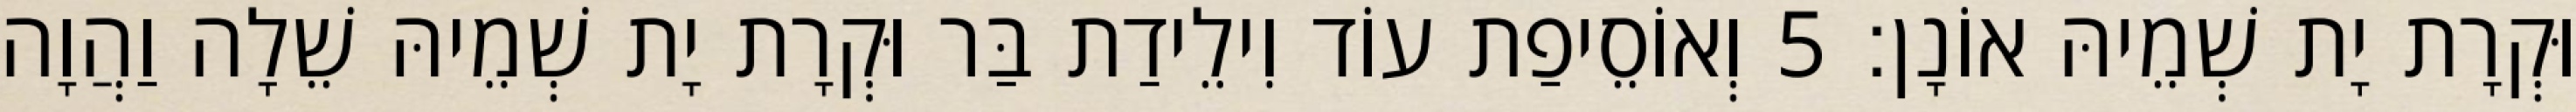
וּקְרָת יָת שְׁמֵיהּ אוֹנָן׃ 5 וְאוֹסֵיפַת עוֹד וִילֵידַת בַּר וּקְרָת יָת שְׁמֵיהּ שֵׁלָה וַהֲוָה